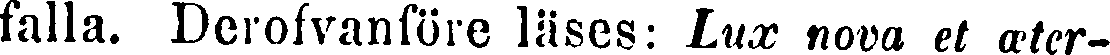
falla. Derofvanföre läses: Lux nom et æter-